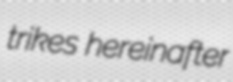
trikes hereinafter